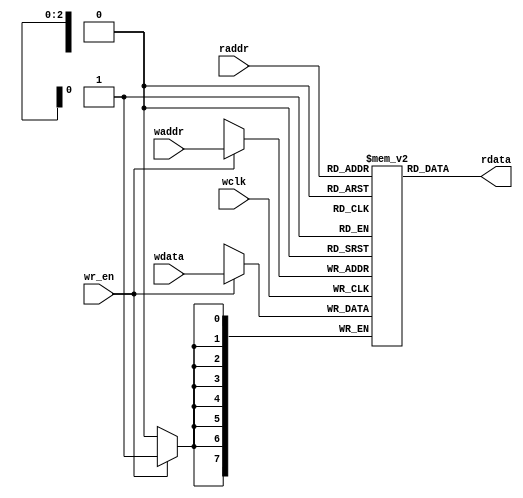
module fifo_mem #(parameter ADDR_SIZE=3,parameter DATA_SIZE=8)(
input [DATA_SIZE-1:0] wdata,
input [ADDR_SIZE-1:0] waddr,
input [ADDR_SIZE-1:0] raddr,
input wclk,wr_en,
output [DATA_SIZE-1:0] rdata
);

localparam DEPTH = 1 << ADDR_SIZE;

reg [DATA_SIZE-1:0] fifo_mem [0:DEPTH-1];

assign rdata=fifo_mem[raddr];

always@(posedge wclk) begin
if(wr_en) fifo_mem[waddr] <= wdata;
end



endmodule